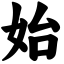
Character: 始